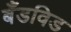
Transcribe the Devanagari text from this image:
बँडविड